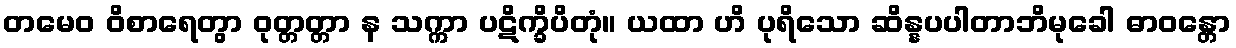
တမေဝ ဝိစာရေတွာ ဝုတ္တတ္တာ န သက္ကာ ပဋိက္ခိပိတုံ။ ယထာ ဟိ ပုရိသော ဆိန္နပပါတာဘိမုခေါ ဓာဝန္တော